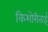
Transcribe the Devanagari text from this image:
किशोरीताई